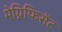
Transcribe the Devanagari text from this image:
मेग्निफिसेंट